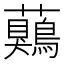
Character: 𧅖